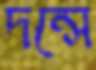
দন্সে